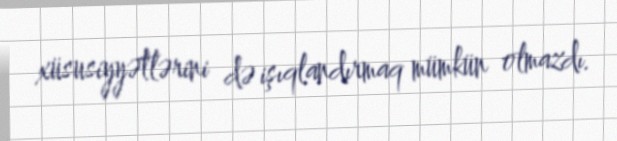
xüsusiyyətlərini də işıqlandırmaq mümkün olmazdı.